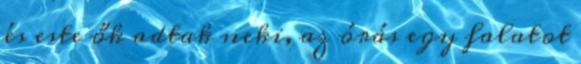
és este ők adtak neki, az órás egy falatot